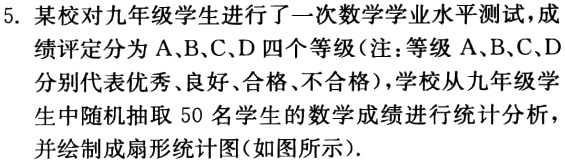
5. 某校对九年级学生进行了一次数学学业水平测试，成绩评定分为 A、B、C、D 四个等级（注：等级 A、B、C、D分别代表优秀、良好、合格、不合格），学校从九年级学生中随机抽取 50 名学生的数学成绩进行统计分析并绘制成扇形统计图(如图所示).